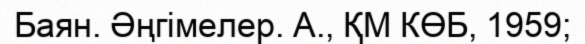
Баян. Әңгімелер. А., ҚМ КӨБ, 1959;